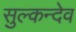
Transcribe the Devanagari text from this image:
सुल्कन्देव